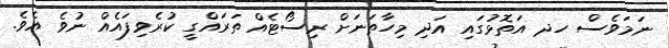
ނަމަވެސް ހދ އަތޮޅުގައި އަދި މިހާތަނަށް ރިސޯޓެއް ތަރައްގީ ކުރެވިފައެއް ނުވެ އެވެ.